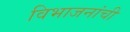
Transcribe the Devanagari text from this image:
विभाजनांची